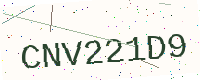
Text: CNV221D9